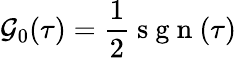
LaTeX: \mathcal{G}_{0}(\tau)=\frac{{1}}{{2}}\mathrm{{~s~g~n~}}(\tau)